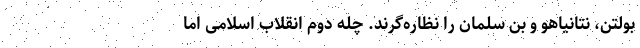
بولتن، نتانیاهو و بن سلمان را نظاره‌گرند. چله دوم انقلاب اسلامی اما